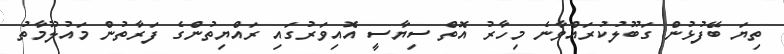
ތިޔަ ބޭފުޅުން ގަބޫލުކުރައްވާނެ މިހާރު އޮތް ސިޔާސީ އޮއިވަރުގައި ރައްޔިތުންގެ ފަރާތުން މައުލޫމާތު